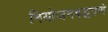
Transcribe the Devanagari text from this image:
नियोजनबद्धपणे